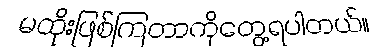
မထိုးဖြစ်ကြတာကိုတွေ့ရပါတယ်။